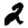
Digit: 2